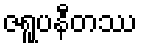
ဇရူပနီတဿ